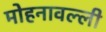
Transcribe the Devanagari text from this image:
मोहनावल्ली